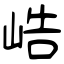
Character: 峼